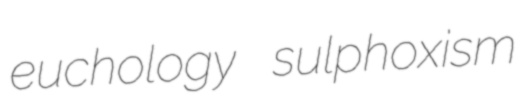
euchology sulphoxism